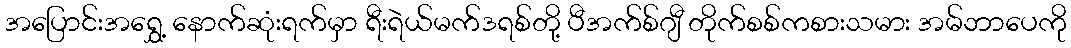
အပြောင်းအရွှေ့ နောက်ဆုံးရက်မှာ ရီးရဲယ်မက်ဒရစ်တို့ ပီအက်စ်ဂျီ တိုက်စစ်ကစားသမား အမ်ဘာပေကို